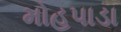
મોહપાડા